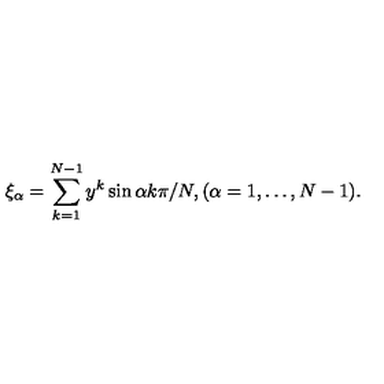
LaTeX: \xi _ { \alpha } = \sum _ { k = 1 } ^ { N - 1 } y ^ { k } \sin \alpha k \pi / N , ( \alpha = 1 , \ldots , N - 1 ) .